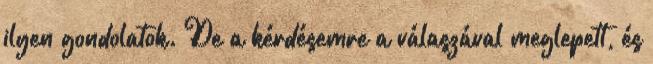
ilyen gondolatok. De a kérdésemre a válaszával meglepett, és